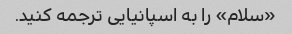
«سلام» را به اسپانیایی ترجمه کنید.